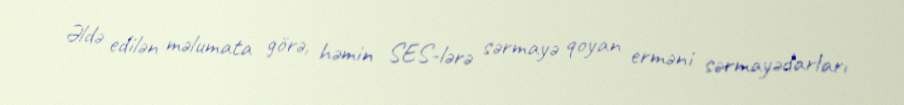
Əldə edilən məlumata görə, həmin SES-lərə sərmayə qoyan erməni sərmayədarları